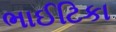
ભાઈટિકા